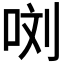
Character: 𭇯